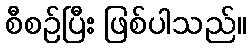
စီစဉ်ပြီး ဖြစ်ပါသည်။